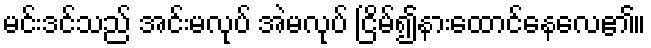
မင်းဒင်သည် အင်းမလုပ် အဲမလုပ် ငြိမ်၍နားထောင်နေလေ၏။